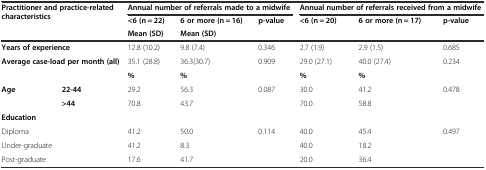
<table><thead><tr><td rowspan="3" colspan="2"><b>Practitioner and practice-related characteristics</b></td><td colspan="3"><b>Annual number of referrals made to a midwife</b></td><td colspan="3"><b>Annual number of referrals received from a midwife</b></td></tr><tr><td><b>&lt;6 (n = 22)</b></td><td><b>6 or more (n = 16)</b></td><td><b>p-value</b></td><td><b>&lt;6 (n = 20)</b></td><td><b>6 or more (n = 17)</b></td><td><b>p-value</b></td></tr><tr><td><b>Mean (SD)</b></td><td><b>Mean (SD)</b></td><td></td><td></td><td></td><td></td></tr></thead><tbody><tr><td colspan="2"><b>Years of experience</b></td><td>12.8 (10.2)</td><td>9.8 (7.4)</td><td>0.346</td><td>2.7 (1.9)</td><td>2.9 (1.5)</td><td>0.685</td></tr><tr><td colspan="2"><b>Average case-load per month (all)</b></td><td>35.1 (28.8)</td><td>36.3(30.7)</td><td>0.909</td><td>29.0 (27.1)</td><td>40.0 (27.4)</td><td>0.234</td></tr><tr><td colspan="2"></td><td><b>%</b></td><td><b>%</b></td><td></td><td><b>%</b></td><td><b>%</b></td><td></td></tr><tr><td><b>Age</b></td><td><b>22-44</b></td><td>29.2</td><td>56.3</td><td>0.087</td><td>30.0</td><td>41.2</td><td>0.478</td></tr><tr><td></td><td><b>&gt;44</b></td><td>70.8</td><td>43.7</td><td></td><td>70.0</td><td>58.8</td><td></td></tr><tr><td colspan="2"><b>Education</b></td><td></td><td></td><td></td><td></td><td></td><td></td></tr><tr><td colspan="2">Diploma</td><td>41.2</td><td>50.0</td><td>0.114</td><td>40.0</td><td>45.4</td><td>0.497</td></tr><tr><td colspan="2">Under-graduate</td><td>41.2</td><td>8.3</td><td></td><td>40.0</td><td>18.2</td><td></td></tr><tr><td colspan="2">Post-graduate</td><td>17.6</td><td>41.7</td><td></td><td>20.0</td><td>36.4</td><td></td></tr></tbody></table>